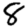
Digit: 8